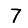
Digit: 7